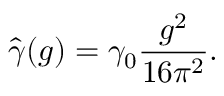
\hat { \gamma } ( g ) = \gamma _ { 0 } \frac { g ^ { 2 } } { 1 6 \pi ^ { 2 } } .